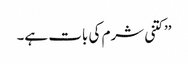
’’کتنی شرم کی بات ہے۔